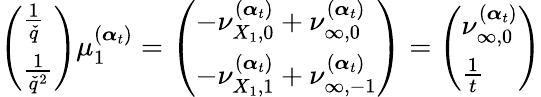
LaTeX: \left(\begin{array}{l}{\frac{1}{\check{q}}}\\ {\frac{1}{\check{q}^{2}}}\end{array}\right)\mu_{1}^{(\boldsymbol{\alpha}_{t})}=\left(\begin{array}{l}{-\nu_{{X_{1}},0}^{(\boldsymbol{\alpha}_{t})}+\nu_{\infty,0}^{(\boldsymbol{\alpha}_{t})}}\\ {-\nu_{{X_{1}},1}^{(\boldsymbol{\alpha}_{t})}+\nu_{\infty,-1}^{(\boldsymbol{\alpha}_{t})}}\end{array}\right)=\left(\begin{array}{l}{\nu_{\infty,0}^{(\boldsymbol{\alpha}_{t})}}\\ {\frac{1}{t}}\end{array}\right)